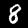
Digit: 8